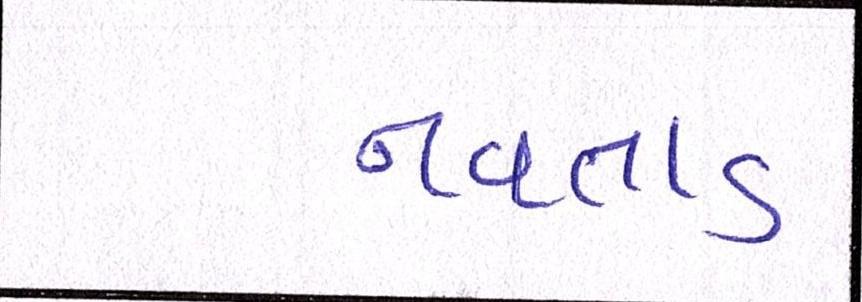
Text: નવતાડ